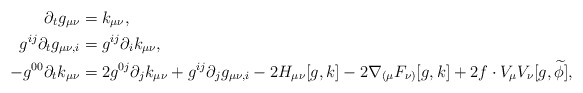
\begin{align*}\partial_t g_{\mu \nu} &= k_{\mu \nu}, \\g^{ij} \partial_t g_{\mu \nu, i} &= g^{ij} \partial_{i} k_{\mu \nu}, \\- g^{00} \partial_t k_{\mu \nu} &= 2 g^{0 j} \partial_{j} k_{\mu \nu} + g^{ij} \partial_{j} g_{\mu \nu, i} - 2 H_{\mu \nu}[g,k] - 2 \nabla_{(\mu}F_{\nu)}[g,k] + 2f \cdot V_{\mu}V_{\nu}[g,\widetilde{\phi}], \end{align*}